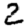
Digit: 2